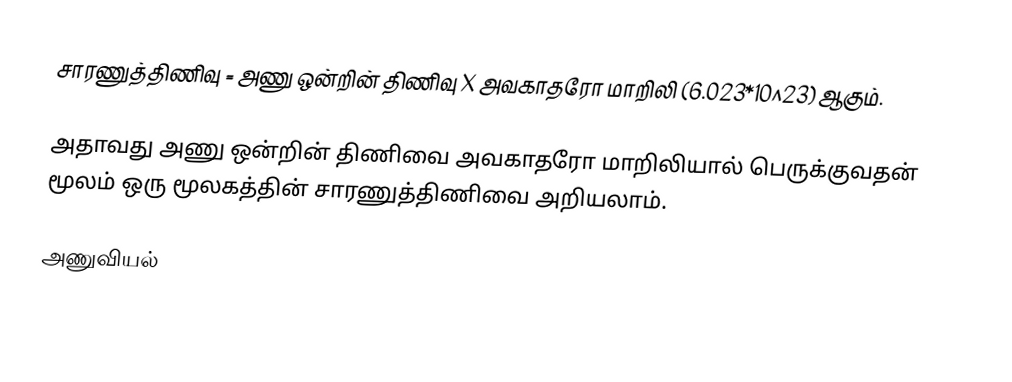
சாரணுத்திணிவு = அணு ஒன்றின் திணிவு X அவகாதரோ மாறிலி (6.023*10^23) ஆகும்.

அதாவது அணு ஒன்றின் திணிவை அவகாதரோ மாறிலியால் பெருக்குவதன் மூலம் ஒரு மூலகத்தின் சாரணுத்திணிவை அறியலாம்.

அணுவியல்